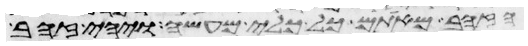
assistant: הזהב מאתם כל כלי מעשה ויהי זהב